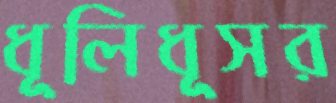
ধূলিধূসর